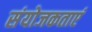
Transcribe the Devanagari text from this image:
संयोजकताएं